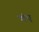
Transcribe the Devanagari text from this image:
पोए